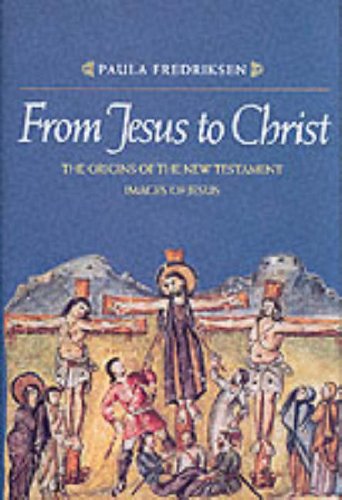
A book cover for From Jesus to Christ: The Origins of the New Testament Images of Jesus; Paula Fredriksen; Religion & Spirituality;